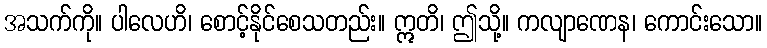
အသက်ကို။ ပါလေဟိ၊ စောင့်နိုင်စေသတည်း။ ဣတိ၊ ဤသို့။ ကလျာဏေန၊ ကောင်းသော။